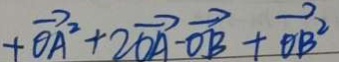
+ \overrightarrow { O A ^ { 2 } } + 2 \overrightarrow { O A } \cdot \overrightarrow { O B } + \overrightarrow { O B ^ { 2 } }